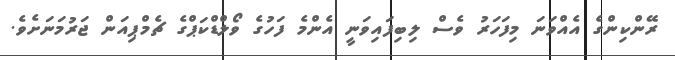
ރޭންކިންގެ އެއްވަނަ މިފަހަރު ވެސް ލިބިފައިވަނީ އެންމެ ފަހުގެ ވޯލްޑްކަޕްގެ ޗެމްޕިއަން ޖަރުމަނަށެވެ.